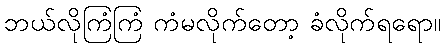
ဘယ်လိုကြံကြံ ကံမလိုက်တော့ ခံလိုက်ရရော။